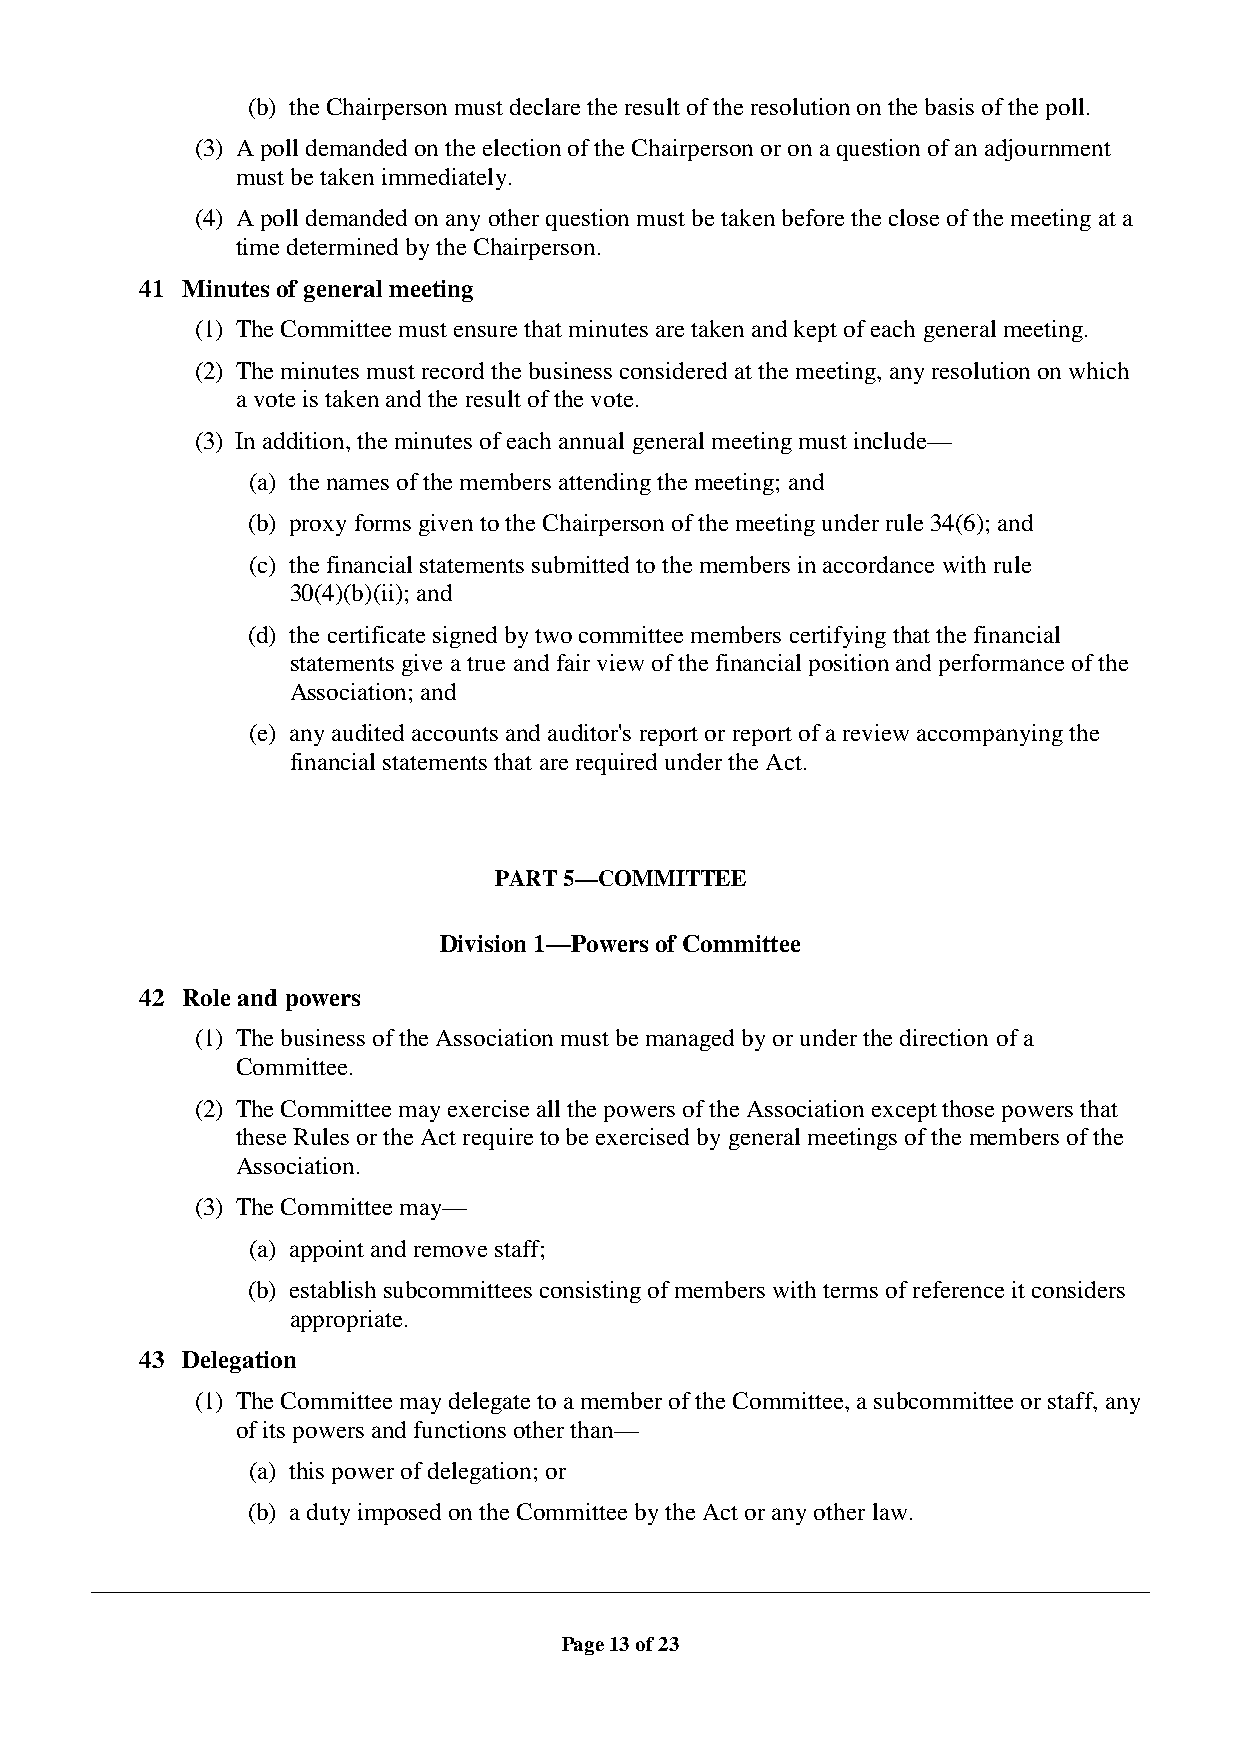
(b) the Chairperson must declare the result of the resolution on the basis of the poll.
 (3) A poll demanded on the election of the Chairperson or on a question of an adjournment
 must be taken immediately.
 (4) A poll demanded on any other question must be taken before the close of the meeting at a
 time determined by the Chairperson.
 41 Minutes of general meeting
 (1) The Committee must ensure that minutes are taken and kept of each general meeting.
 (2) The minutes must record the business considered at the meeting, any resolution on which
 a vote is taken and the result of the vote.
 (3) In addition, the minutes of each annual general meeting must include—
 (a) the names of the members attending the meeting; and
 (b) proxy forms given to the Chairperson of the meeting under rule 34(6); and
 (c) the financial statements submitted to the members in accordance with rule
 30(4)(b)(ii); and
 (d) the certificate signed by two committee members certifying that the financial
 statements give a true and fair view of the financial position and performance of the
 Association; and
 (e) any audited accounts and auditor's report or report of a review accompanying the
 financial statements that are required under the Act.
 PART 5—COMMITTEE
 Division 1—Powers of Committee
 42 Role and powers
 (1) The business of the Association must be managed by or under the direction of a
 Committee.
 (2) The Committee may exercise all the powers of the Association except those powers that
 these Rules or the Act require to be exercised by general meetings of the members of the
 Association.
 (3) The Committee may—
 (a) appoint and remove staff;
 (b) establish subcommittees consisting of members with terms of reference it considers
 appropriate.
 43 Delegation
 (1) The Committee may delegate to a member of the Committee, a subcommittee or staff, any
 of its powers and functions other than—
 (a) this power of delegation; or
 (b) a duty imposed on the Committee by the Act or any other law.
 Page 13 of 23